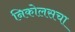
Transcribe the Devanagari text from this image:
निकोलसचा